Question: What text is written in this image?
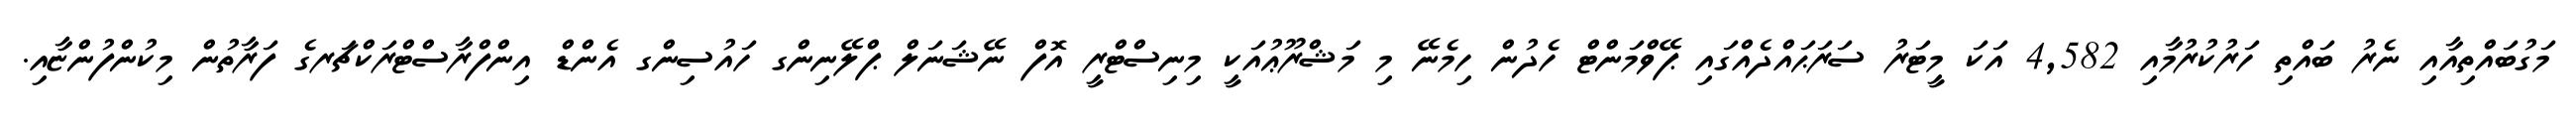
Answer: މަގުބައްތިއާއި ނެރު ބައްތި ހަރުކުރުމާއި 4,582 އަކަ މީޓަރު ސަރަޙައްދެއްގައި ޕޭވްމަންޓް ހެދުން ހިމެނޭ މި މަޝްރޫޢުއަކީ މިނިސްޓްރީ އޮފް ނޭޝަނަލް ޕްލޭނިންގ ހައުސިންގ އެންޑް އިންފްރާސްޓްރަކްޗަރގެ ފަރާތުން މިކުންފުންޏާއި.